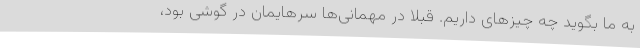
به ما بگوید چه چیزهای داریم. قبلا در مهمانی‌ها سرهایمان در گوشی بود،